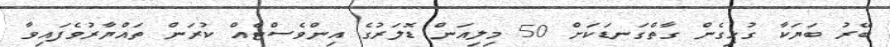
ބޭރު ބަޔަކާ ގުޅިގެން ގާތްގަނޑަކަށް 50 މިލިއަން ޑޮލަރުގެ އިންވެސްޓެއް ކުރަން ތައްޔާރުވެފައިވާ